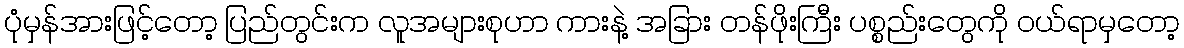
ပုံမှန်အားဖြင့်တော့ ပြည်တွင်းက လူအများစုဟာ ကားနဲ့ အခြား တန်ဖိုးကြီး ပစ္စည်းတွေကို ဝယ်ရာမှတော့